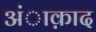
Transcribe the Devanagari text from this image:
अंाक़ाद